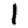
Digit: 1